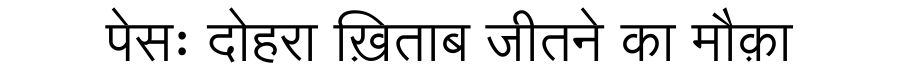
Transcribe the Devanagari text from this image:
पेसः दोहरा ख़िताब जीतने का मौक़ा